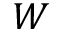
W